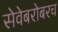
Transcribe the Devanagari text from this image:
सेवेबरोबरच